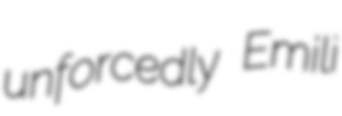
unforcedly Emili